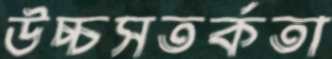
উচ্চসতর্কতা